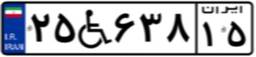
۷۶W۵۲۰۰۴